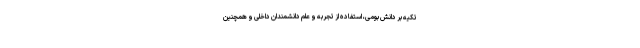
تکیه بر دانش بومی، استفاده از تجربه و علم دانشمندان داخلی و همچنین